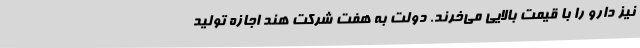
نیز دارو را با قیمت بالایی می‌خرند. دولت به هفت شرکت هند اجازه تولید